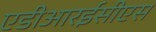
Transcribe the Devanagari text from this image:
एडीआरईसीएस